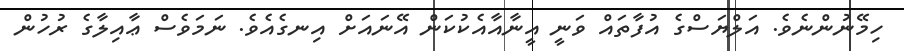
ހިމޭނުންނެވެ. އަލްޔަސްގެ އުފާތައް ވަނީ އީނާއާއެކުކަން އޭނައަށް އިނގެއެވެ. ނަމަވެސް ޢާއިލާގެ ރުހުން